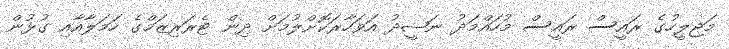
މަޖިލީހުގެ ރައީސް ރައީސް މުހައްމަދު ނަޝީދު އަވަހާރަކޮށްލުމަށް ދިން ޓެރަރިޒަމްގެ ހަމަލާއާއި ގުޅުން